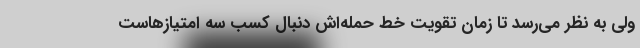
ولی به نظر می‌رسد تا زمان تقویت خط حمله‌اش دنبال کسب سه امتیازهاست